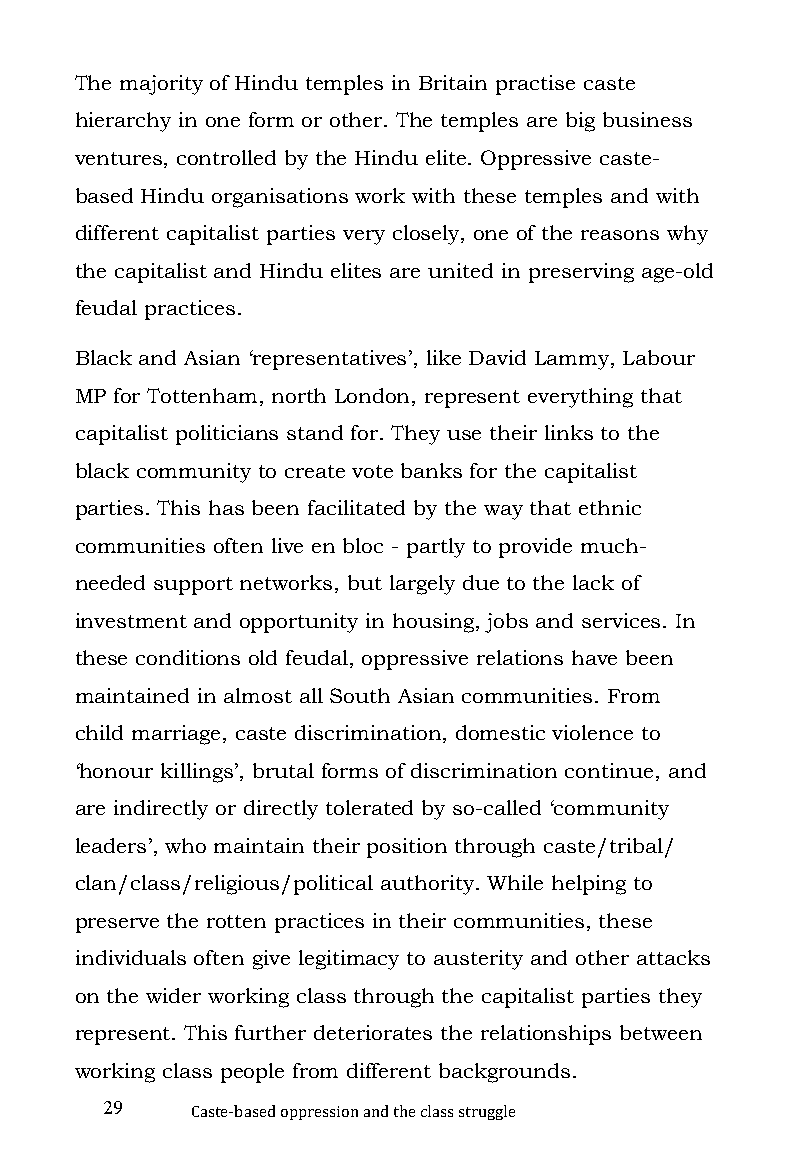
The majority of Hindu temples in Britain practise caste
 hierarchy in one form or other. The temples are big business
 ventures, controlled by the Hindu elite. Oppressive caste-
 based Hindu organisations work with these temples and with
 different capitalist parties very closely, one of the reasons why
 the capitalist and Hindu elites are united in preserving age-old
 feudal practices.
 Black and Asian ‘representatives’, like David Lammy, Labour
 MP for Tottenham, north London, represent everything that
 capitalist politicians stand for. They use their links to the
 black community to create vote banks for the capitalist
 parties. This has been facilitated by the way that ethnic
 communities often live en bloc - partly to provide much-
 needed support networks, but largely due to the lack of
 investment and opportunity in housing, jobs and services. In
 these conditions old feudal, oppressive relations have been
 maintained in almost all South Asian communities. From
 child marriage, caste discrimination, domestic violence to
 ‘honour killings’, brutal forms of discrimination continue, and
 are indirectly or directly tolerated by so-called ‘community
 leaders’, who maintain their position through caste/tribal/
 clan/class/religious/political authority. While helping to
 preserve the rotten practices in their communities, these
 individuals often give legitimacy to austerity and other attacks
 on the wider working class through the capitalist parties they
 represent. This further deteriorates the relationships between
 working class people from different backgrounds.
 29
 Caste-based oppression and the class struggle